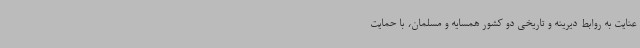
عنایت به روابط دیرینه و تاریخی دو کشور همسایه و مسلمان، با حمایت